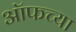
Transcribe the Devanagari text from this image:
ऑफच्या